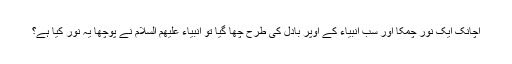
اچانک ایک نور چمکا اور سب انبیاء کے اُوپر بادل کی طرح چھا گیا تو انبیاء علیھم السلام نے پوچھا یہ نور کیا ہے؟